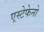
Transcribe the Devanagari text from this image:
एस्टेफेनो